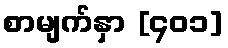
စာမျက်နှာ [၄၀၁]